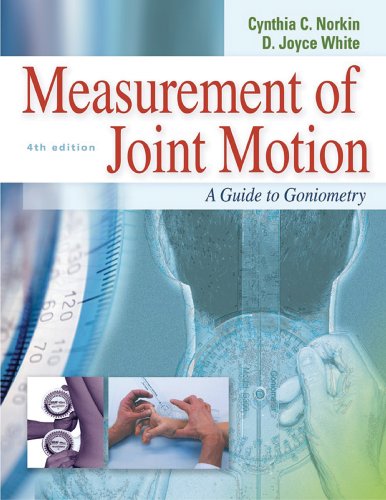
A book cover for Measurement of Joint Motion : A Guide to Goniometry, 4th Edition; Cynthia C. Norkin; Medical Books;